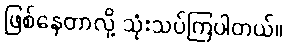
ဖြစ်နေတာလို့ သုံးသပ်ကြပါတယ်။